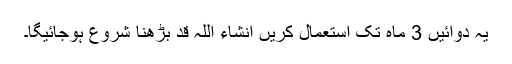
یہ دوائیں 3 ماہ تک استعمال کریں انشاء اللہ قد بڑھنا شروع ہوجائیگا۔